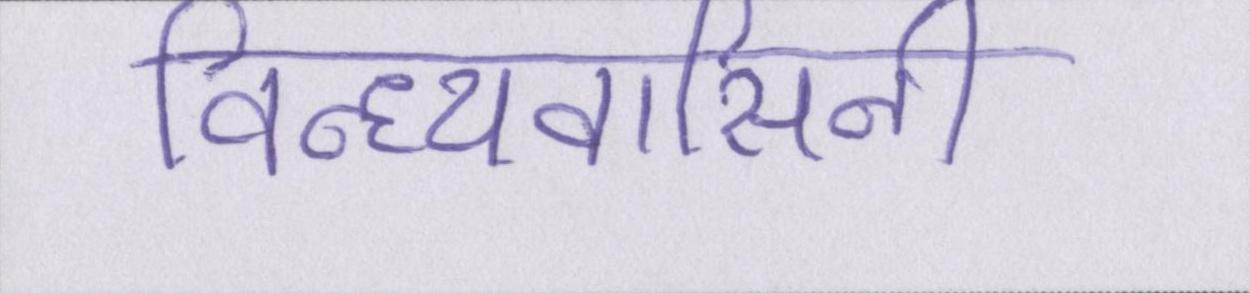
विन्ध्यवासिनी